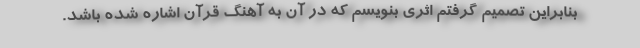
بنابراین تصمیم گرفتم اثری بنویسم که در آن به آهنگ قرآن اشاره شده باشد.